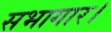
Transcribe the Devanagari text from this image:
सभागार।